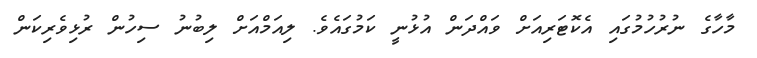
މާހާގެ ނުރުހުމުގައި އެކޮޓަރިއަށް ވައްދަން އުޅުނީ ކަމުގައެވެ. ލިއަމްއަށް ލިބުނު ސިހުން ރުޅިވެރިކަން